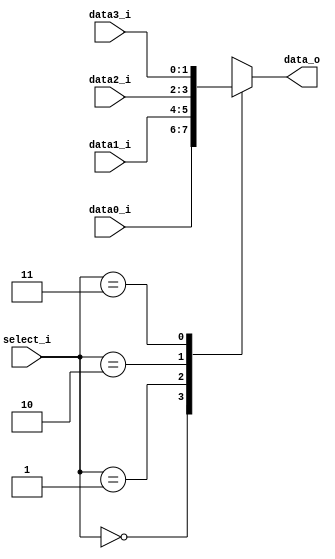

//////////////////////////////////////////////////////////////////////////////////
// student ID: 0516013
// Module Name: MUX_4to1
//////////////////////////////////////////////////////////////////////////////////
     
module MUX_4to1(
               data0_i,
               data1_i,
               data2_i,
               data3_i,
               select_i,
               data_o
               );

parameter size = 0;			   
			
//I/O ports               
input   [size-1:0] data0_i;          
input   [size-1:0] data1_i;
input   [size-1:0] data2_i;
input   [size-1:0] data3_i;
input   [1:0]  select_i;
output  [size-1:0] data_o; 

//Internal Signals
reg     [size-1:0] data_o;

//Main function
always@(*)
begin
    case (select_i)
      2'b00:    data_o = data0_i;
      2'b01:    data_o = data1_i;
      2'b10:    data_o = data2_i;
      2'b11:    data_o = data3_i;
    endcase
end

endmodule